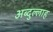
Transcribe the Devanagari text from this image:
अब्‍दुल्‍लाह